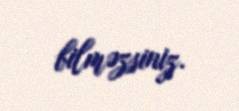
bilməzsiniz.